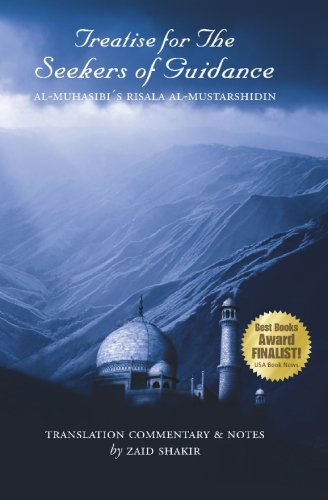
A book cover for Treatise For The Seekers Of Guidance; Zaid Shakir; Religion & Spirituality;